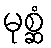
မုစ္ဆံ